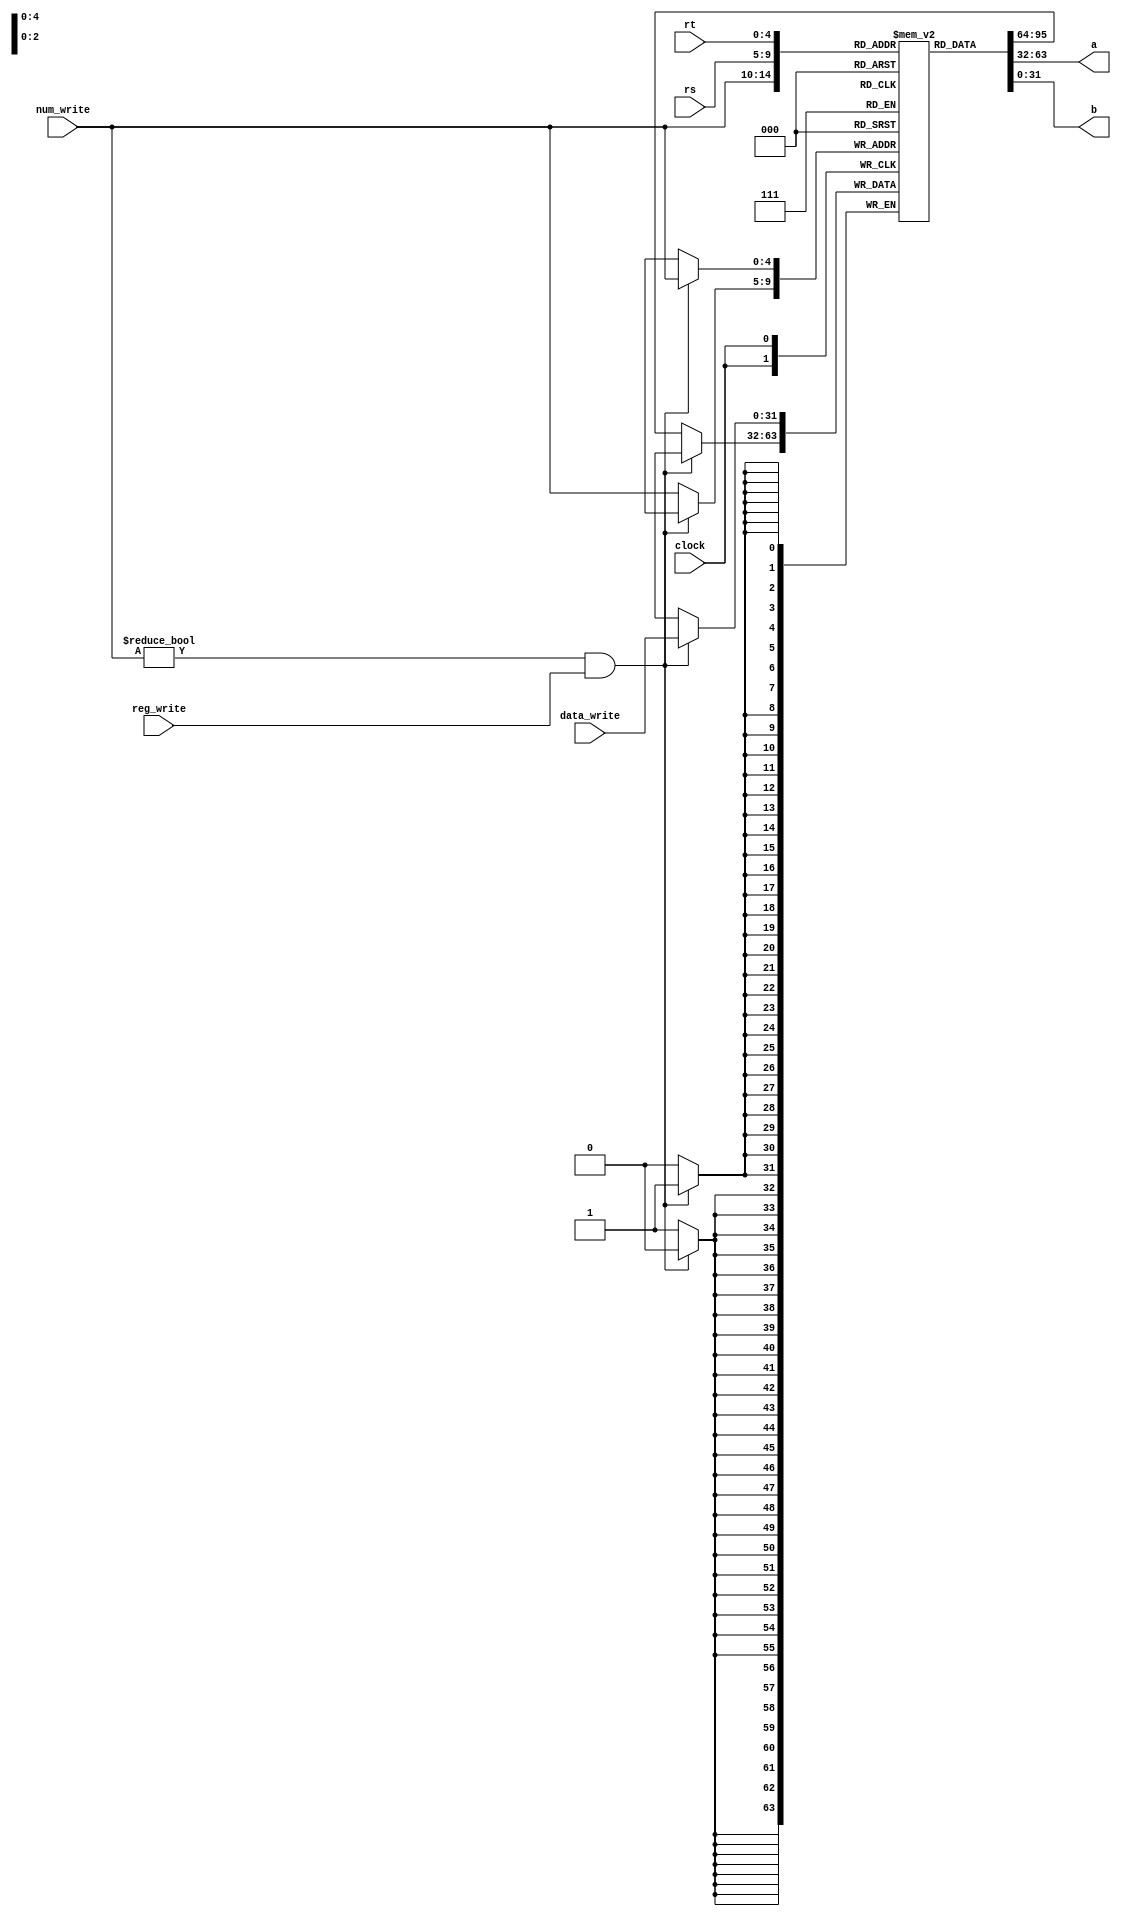
module gpr(a,b,clock,reg_write,num_write,rs,rt,data_write);

    output [31:0] a;  
    output [31:0] b;
    input clock;
    input reg_write;
    input [4:0] rs;
    input [4:0] rt;
    input [4:0] num_write;
    input [31:0] data_write;
    reg [31:0] gp_registers[31:0];

    
    initial begin
	gp_registers[0]<=32'h0000_0000;  
    end

always @(posedge clock) 
	begin
		if(num_write != 32'h0000_0000&&reg_write==1) 
			begin
			gp_registers[num_write]<=data_write;
			end
		else 
			begin
			gp_registers[num_write]<=gp_registers[num_write];
			end
	end

    assign a = gp_registers[rs];
    assign b = gp_registers[rt];

endmodule